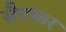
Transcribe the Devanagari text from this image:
सैराचार